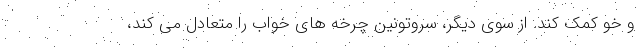
و خو کمک کند. از سوی دیگر، سروتونین چرخه های خواب را متعادل می کند،